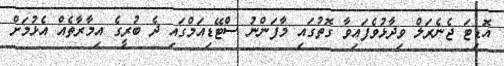
އޮޑިޓަ ޖެނެރަލް ވިދާޅުވެފައިވާ ގޮތުގައި މާފަންނު ސްޓޭޑިއަމްގައި ދެ ބުރީގެ އިމާރާތެއް އެޅުމަށް